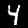
Label: 4